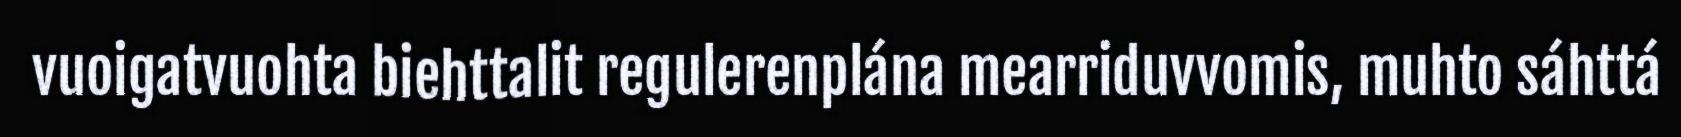
vuoigatvuohta biehttalit regulerenplána mearriduvvomis, muhto sáhttá